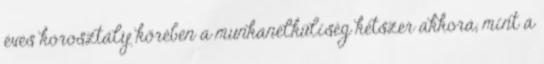
éves korosztály körében a munkanélküliség kétszer akkora, mint a